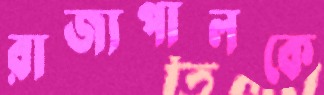
রাজ্যপালকে